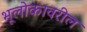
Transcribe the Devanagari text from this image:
भूलोकावरील